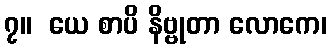
၇။  ယေ စာပိ နိဗ္ဗုတာ လောကေ၊